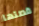
قصتها